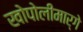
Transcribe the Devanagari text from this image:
खोपोलीमार्गे